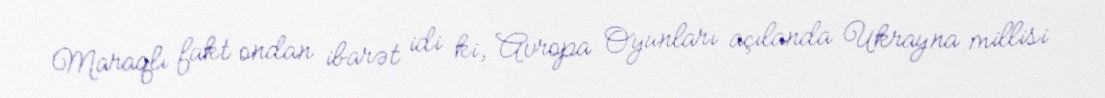
Maraqlı fakt ondan ibarət idi ki, Avropa Oyunları açılanda Ukrayna millisi